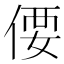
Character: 偠